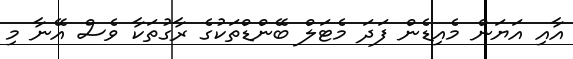
އާއި އަޔަން މެއިޑެން ފަދަ މެޓަލް ބޭންޑްތަކުގެ ރާގުތަކާ ވެސް އޭނާ މި